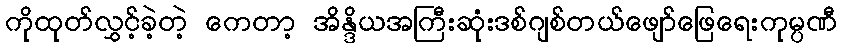
ကိုထုတ်လွှင့်ခဲ့တဲ့ ကေတာ့ အိန္ဒိယအကြီးဆုံးဒစ်ဂျစ်တယ်ဖျော်ဖြေရေးကုမ္ပဏီ